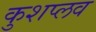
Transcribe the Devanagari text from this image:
कुशप्लव